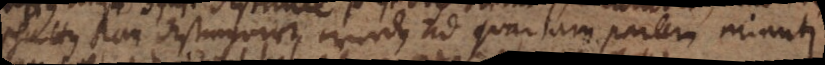
schatten kan distinguirt werden ad quartam partem minuti.